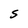
Character: S